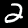
Digit: 2